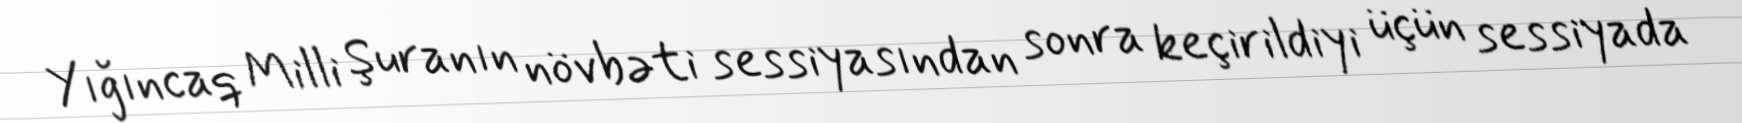
Yığıncaq Milli Şuranın növbəti sessiyasından sonra keçirildiyi üçün sessiyada